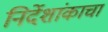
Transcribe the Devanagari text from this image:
निर्देशांकाचा